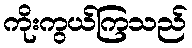
ကိုးကွယ်ကြသည်